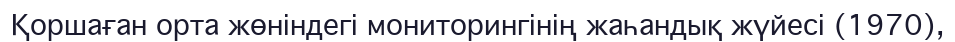
Қоршаған орта жөніндегі мониторингінің жаһандық жүйесі (1970),